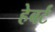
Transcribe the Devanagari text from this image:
हेबर्ट